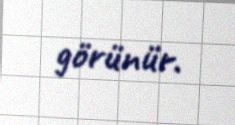
görünür.